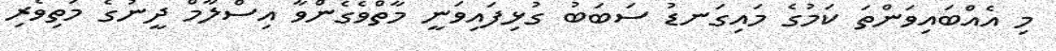
މި އެއްބައިވަންތަ ކަމުގެ މައިގަނޑު ސަބަބު ގުޅިފައިވަނީ މާތްވެގެންވާ އިސްލާމް ދީނުގެ މަތިވެރި